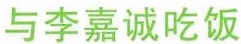
与李嘉诚吃饭